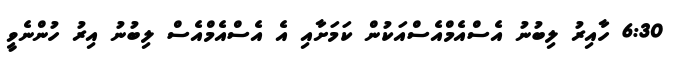
6:30 ހާއިރު ލިބުނު އެސްއެމްއެސްއަކުން ކަމަށާއި އެ އެސްއެމްއެސް ލިބުނު އިރު ހުންނެވީ